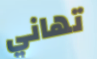
تهاني